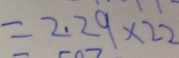
= 2 . 2 9 \times 2 2